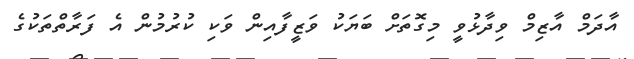
އާދަމް އާޒިމް ވިދާޅުވީ މިގޮތަށް ބަޔަކު ވަޒީފާއިން ވަކި ކުރުމުން އެ ފަރާތްތަކުގެ